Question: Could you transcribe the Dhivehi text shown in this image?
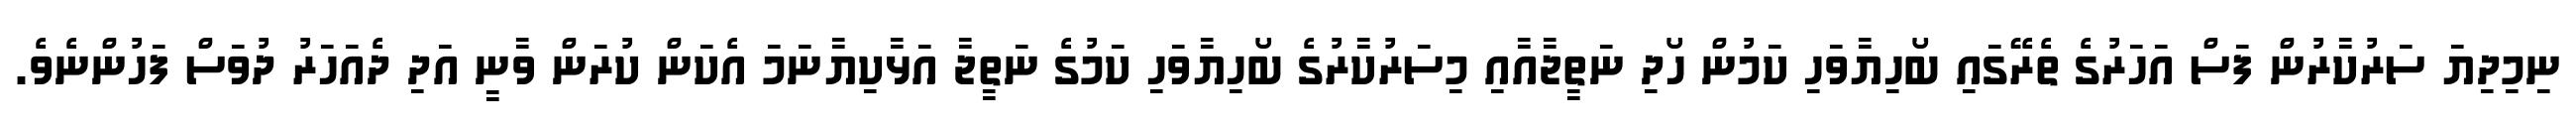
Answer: ނިމިދިޔަ ސަރުކާރުން ފަސް އަހަރުގެ ތެރޭގައި ބޯހިޔާވަހި ކަމުން ހޯދި ނަތީޖާއާއި މިސަރުކާރުގެ ބޯހިޔާވަހި ކަމުގެ ނަތީޖާ އަޅާކިޔާނަމަ އެކަން ކުރަން ވާނީ އަދި ދެއަހަރު ދުވަސް ފަހުންނެވެ.